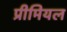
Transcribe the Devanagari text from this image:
प्रीमियल